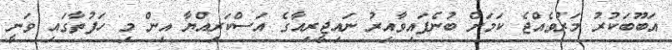
އަބޫބަކުރު މަރުވެއްޖެ ކަމަށް ބުނެފައިވާއިރު ނައިޖީރިއާގެ އަސްކަރިއްޔާ އިން މި ހަފުތާގައި ވަނީ